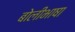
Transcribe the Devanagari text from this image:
बाेलीभाषा